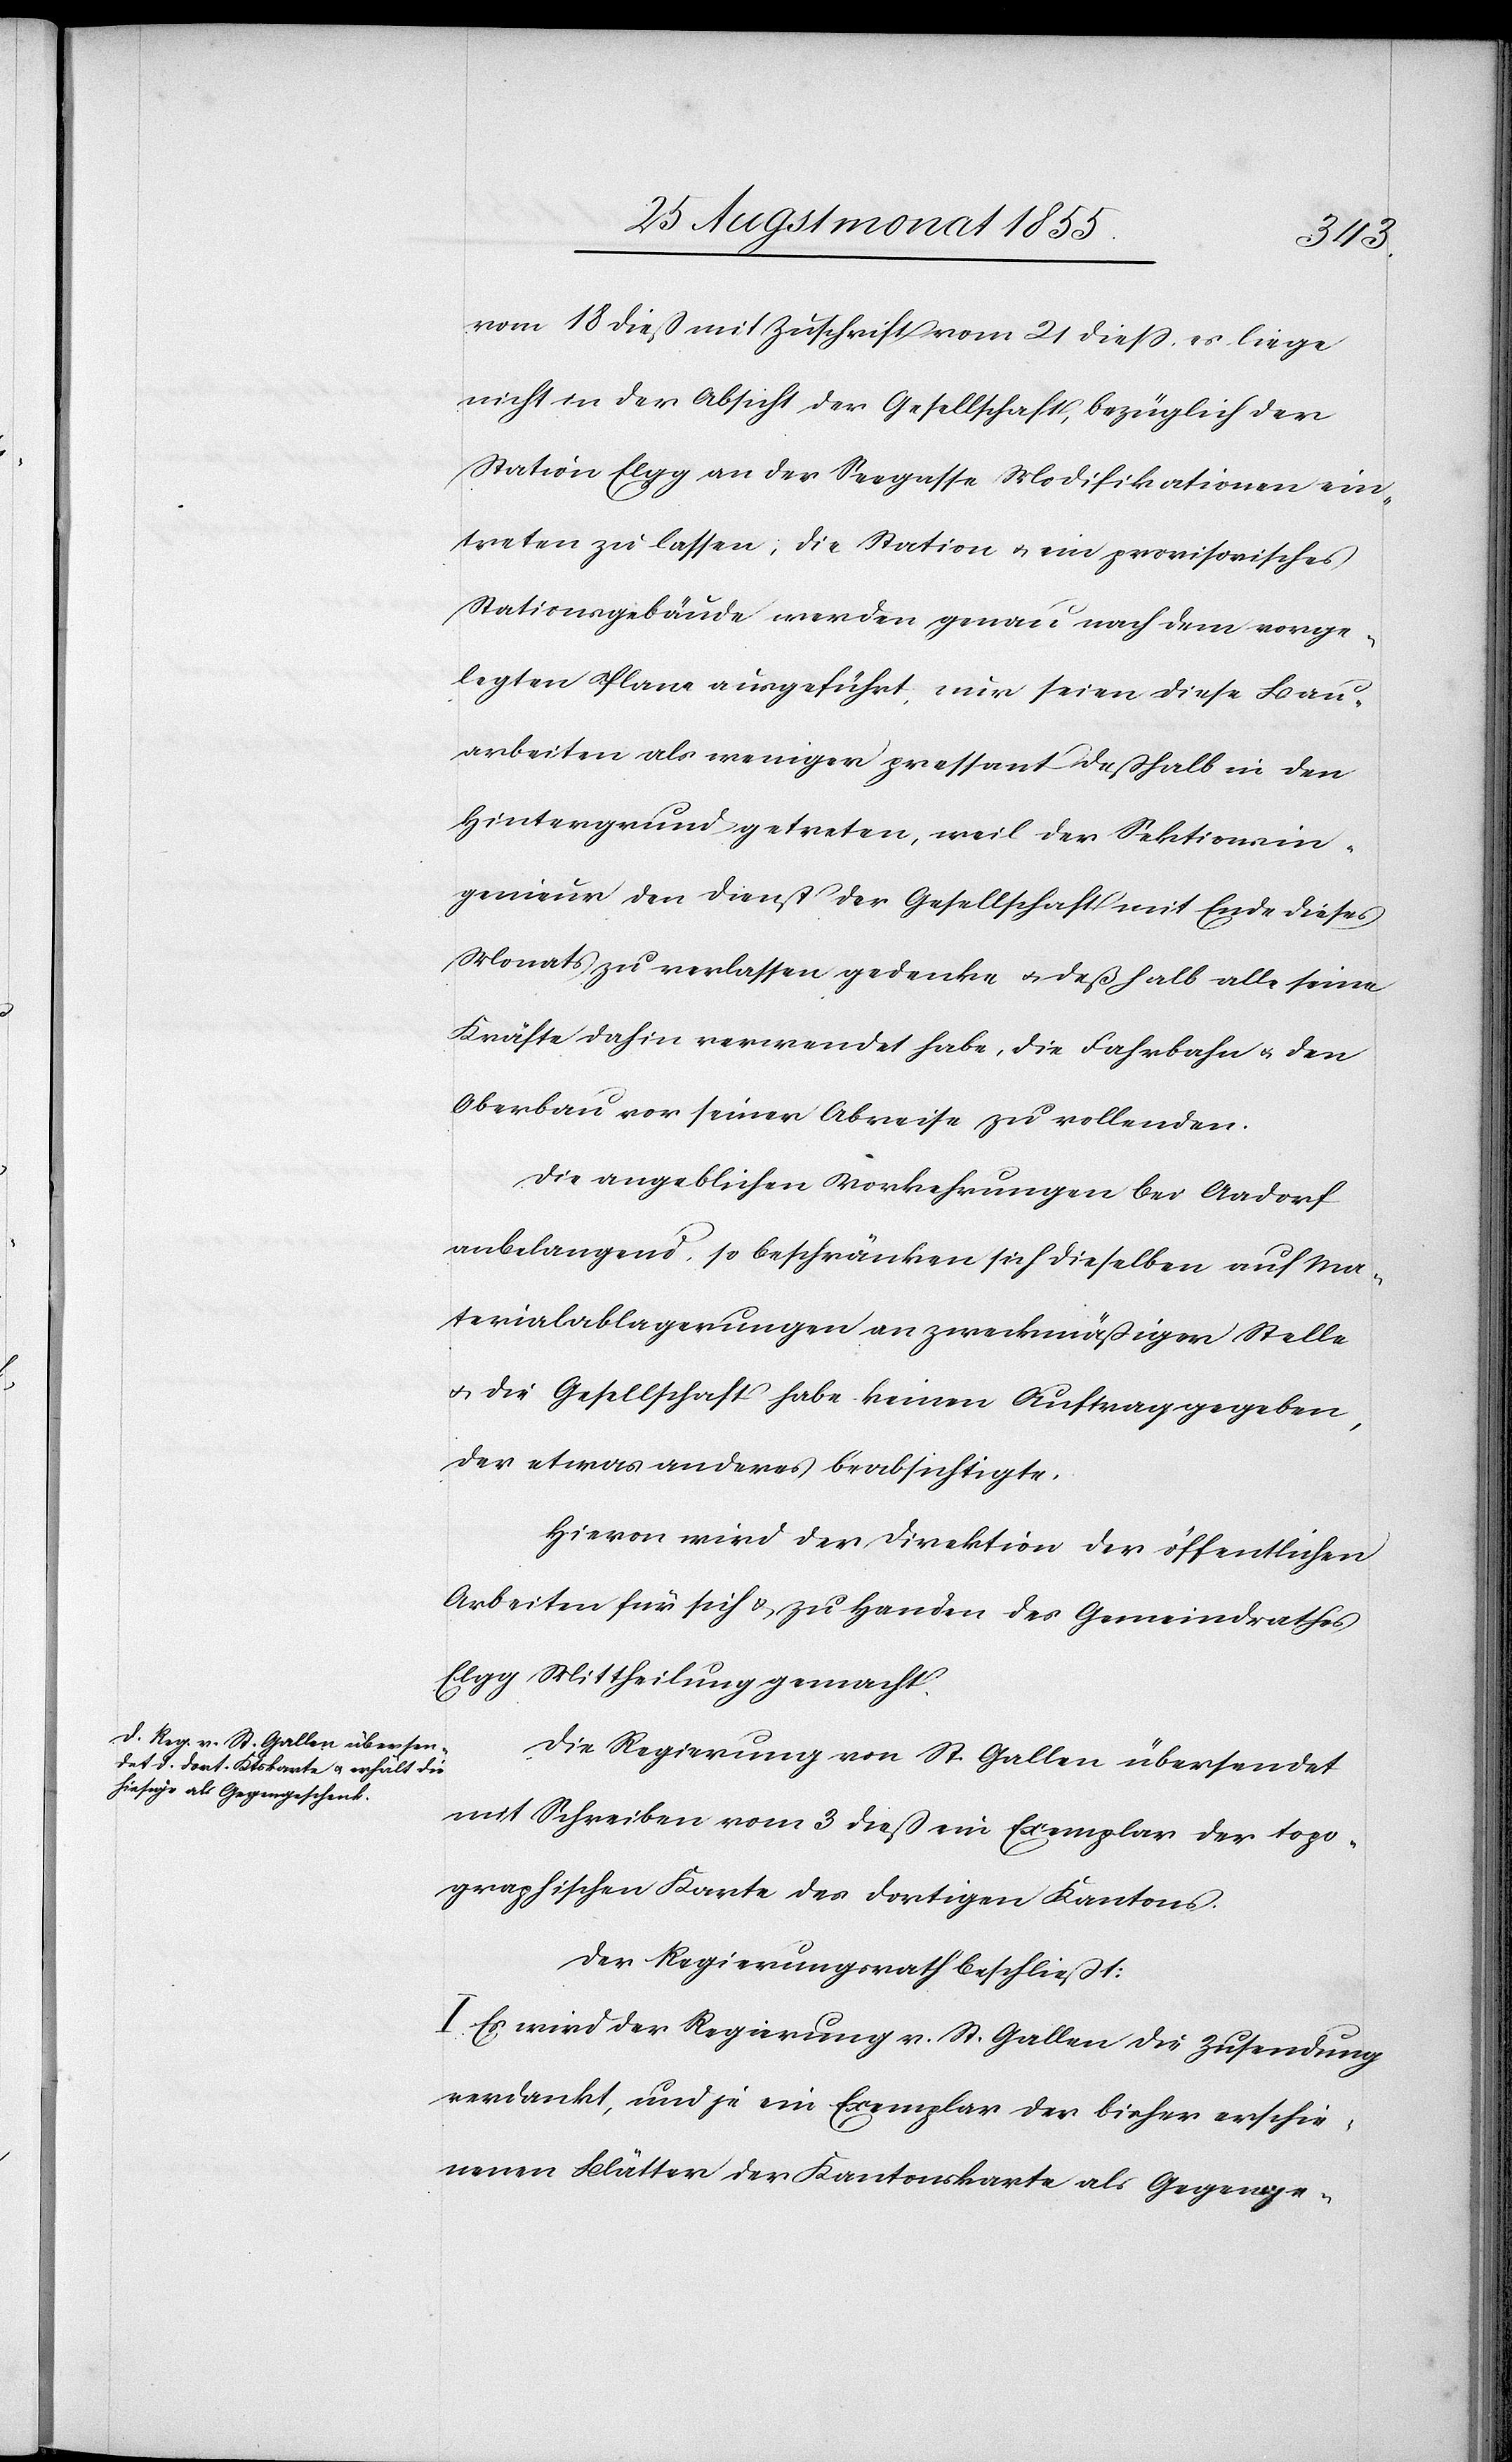
vom 18 dieß mit Zuschrift vom 21 diess, es liege
nicht in der Absicht der Gesellschaft, bezüglich der
Station Elgg an der Seegasse Modifikationen ein¬
treten zu lassen; die Station & ein provisorisches
Stationsgebäude werden genau nach dem vorge¬
legten Plane ausgeführt, nur seien diese Bau¬
arbeiten als weniger pressant deßhalb in den
Hintergrund getreten, weil der Sektionsin¬
genieur den Dienst der Gesellschaft mit Ende dieses
Monats zu verlassen gedenke & deßhalb alle seine
Kräfte dahin verwendet habe, die Fahrbahn & den
Oberbau vor seiner Abreise zu vollenden.
Die angeblichen Vorkehrungen bei Aadorf
anbelangend, so beschränken sich dieselben auf Ma¬
terialablagerungen an zweckmäßiger Stelle
& die Gesellschaft habe keinen Auftrag gegeben,
der etwas anderes beabsichtigte.
Hievon wird der Direktion der öffentlichen
Arbeiten für sich & zu Handen des Gemeindrathes
Elgg Mittheilung gemacht.
Die Regierung von St. Gallen übersendet
mit Schreiben vom 3 dieß ein Exemplar der topo¬
graphischen Karte des dortigen Kantons.
Der Regierungsrath beschließt:
I. Es wird der Regierung v. St. Gallen die Zusendung
verdankt, und je ein Exemplar der bisher erschie¬
nenen Blätter der Kantonskarte als Gegenge-